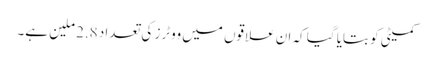
کمیٹی کو بتایا گیا کہ ان علاقوں میں ووٹرز کی تعداد 2.8 ملین ہے۔